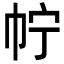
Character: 𢁼